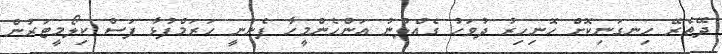
ދޭތެރޭ ހިނގަނިކޮށް ހޮނިހިރު ދުވަހު ގެއްލުނު އަންހެންމީހާ ފެނުނީ ހަރަމްފުޅާ ފަސް ކިލޯމީޓަރުން